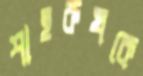
শাহরুখকে